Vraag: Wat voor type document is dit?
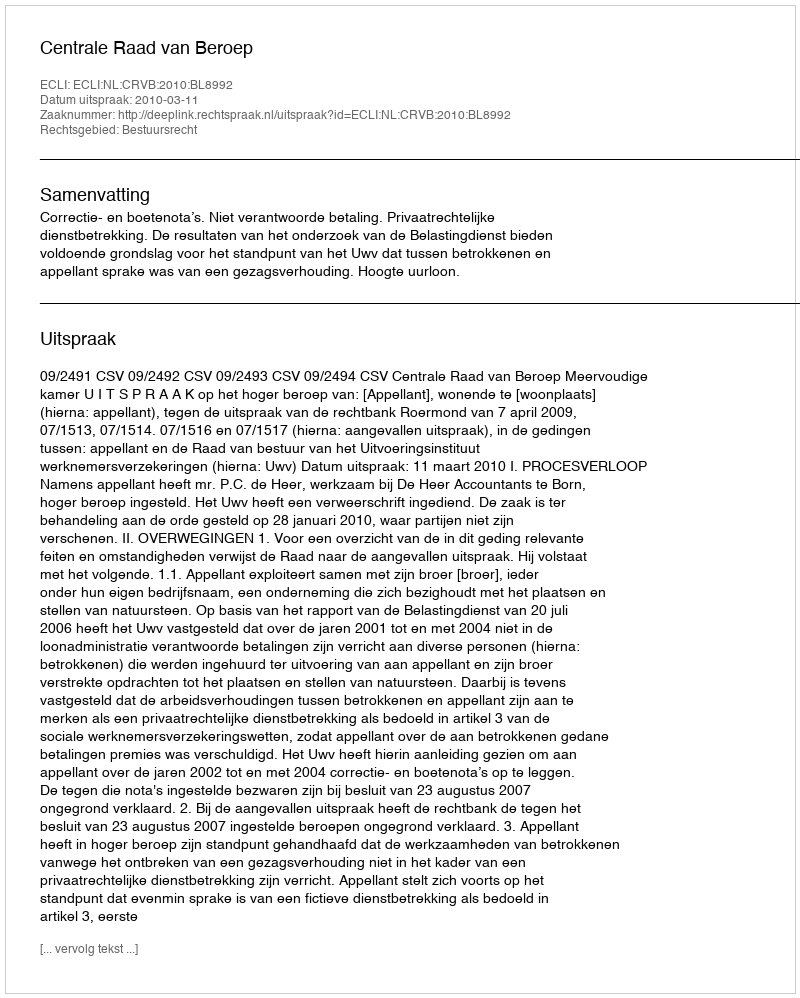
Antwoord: Uitspraak